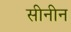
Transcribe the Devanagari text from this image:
सीनीन